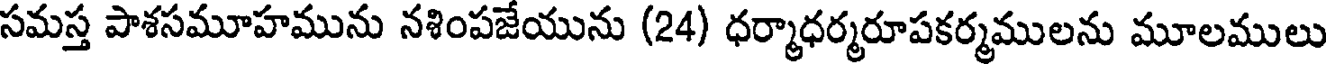
సమస్త పాశసమూహమును నశింపజేయును (24) ధర్మాధర్మరూపకర్మములను మూలములు